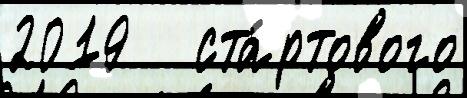
2019   ста́ртового